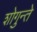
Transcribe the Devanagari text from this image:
शोगुन्ते